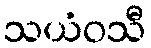
သယံဝသီ